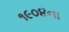
૧૯૦૪ના